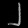
Digit: ၂